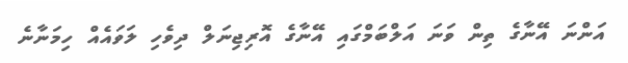
އަންނަ އޭނާގެ ތިން ވަނަ އަލްބަމްގައި އޭނާގެ އޮރިޖިނަލް ދިވެހި ލަވައެއް ހިމަނާނެ